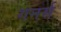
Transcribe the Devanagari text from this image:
गनर्स